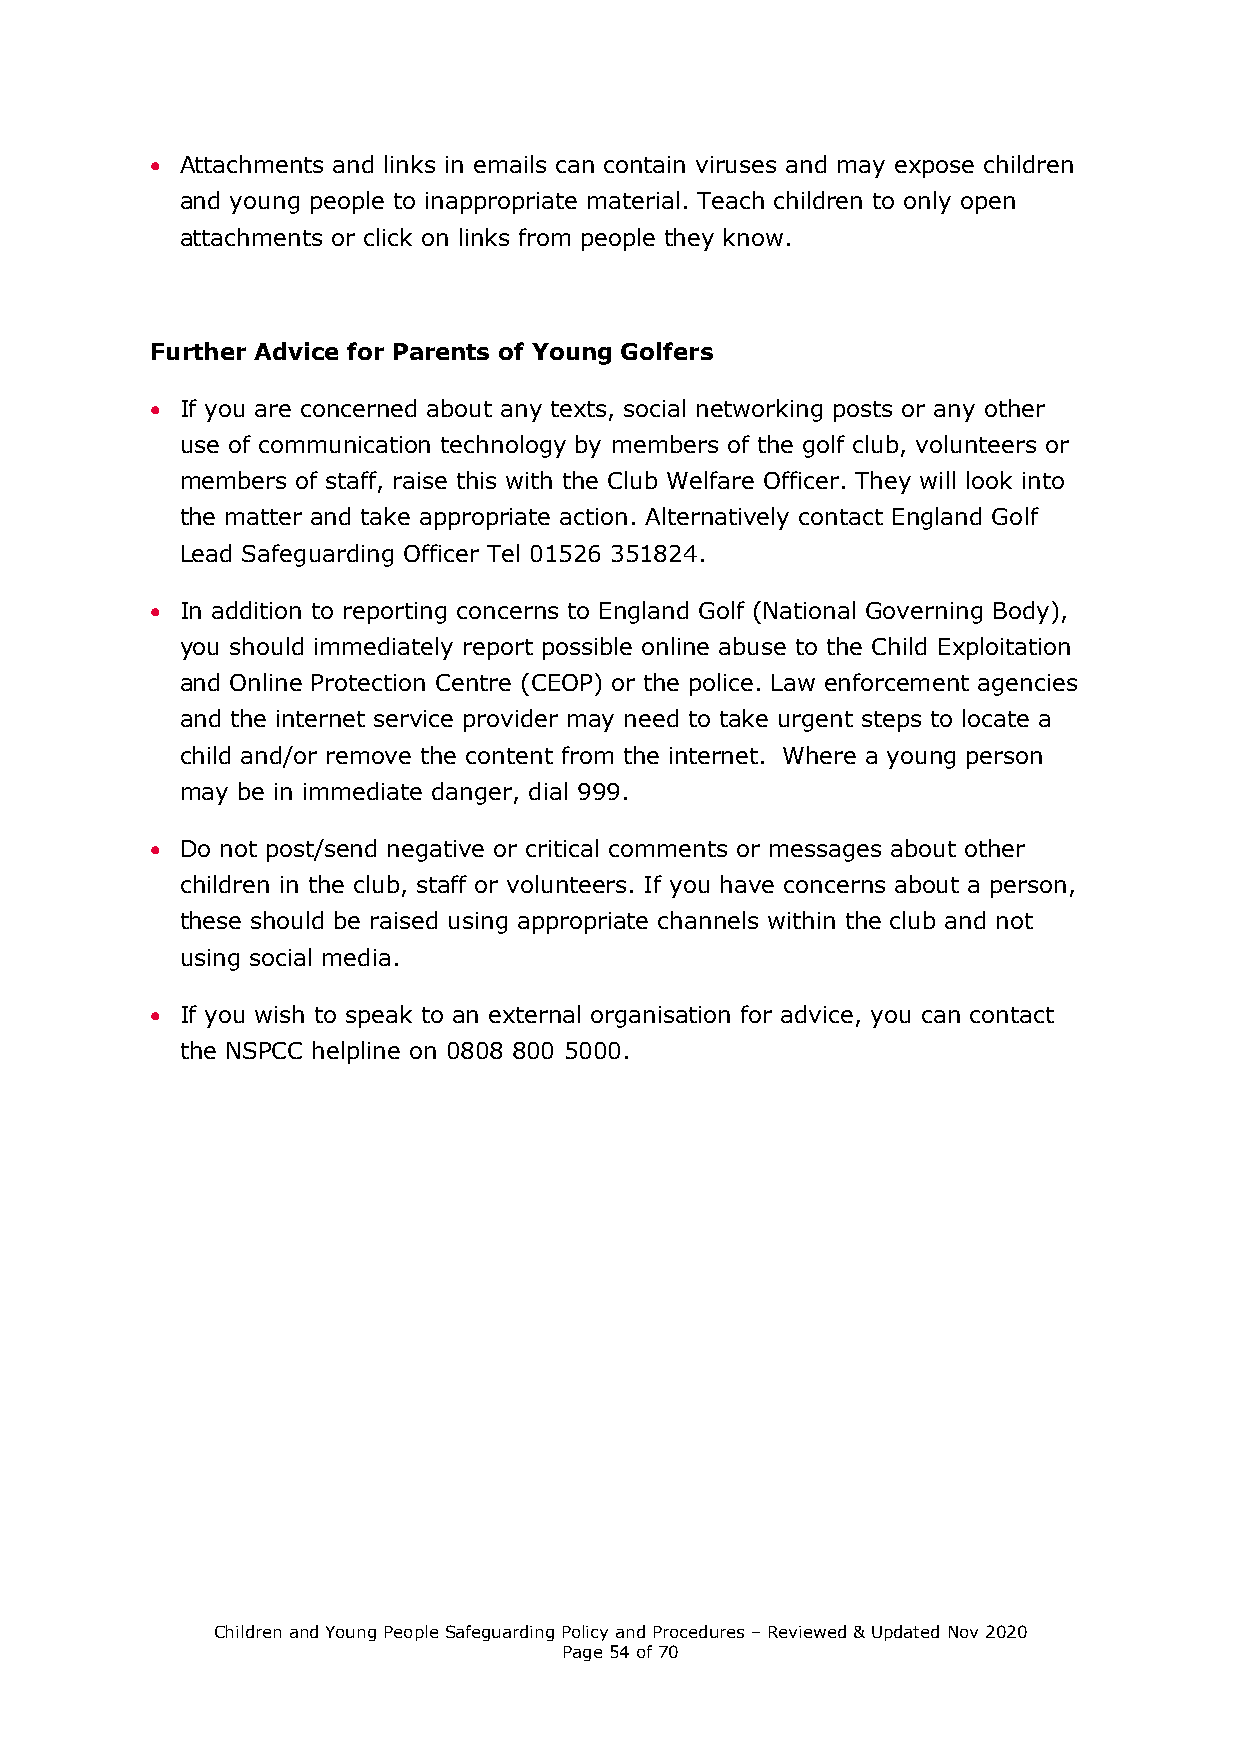
 Attachments and links in emails can contain viruses and may expose children
 and young people to inappropriate material. Teach children to only open
 attachments or click on links from people they know.
 Further Advice for Parents of Young Golfers
  If you are concerned about any texts, social networking posts or any other
 use of communication technology by members of the golf club, volunteers or
 members of staff, raise this with the Club Welfare Officer. They will look into
 the matter and take appropriate action. Alternatively contact England Golf
 Lead Safeguarding Officer Tel 01526 351824.
  In addition to reporting concerns to England Golf (National Governing Body),
 you should immediately report possible online abuse to the Child Exploitation
 and Online Protection Centre (CEOP) or the police. Law enforcement agencies
 and the internet service provider may need to take urgent steps to locate a
 child and/or remove the content from the internet. Where a young person
 may be in immediate danger, dial 999.
  Do not post/send negative or critical comments or messages about other
 children in the club, staff or volunteers. If you have concerns about a person,
 these should be raised using appropriate channels within the club and not
 using social media.
  If you wish to speak to an external organisation for advice, you can contact
 the NSPCC helpline on 0808 800 5000.
 Children and Young People Safeguarding Policy and Procedures – Reviewed & Updated Nov 2020
 Page 54 of 70